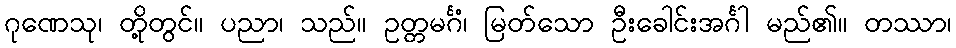
ဂုဏေသု၊ တို့တွင်။ ပညာ၊ သည်။ ဥတ္တမင်္ဂံ၊ မြတ်သော ဦးခေါင်းအင်္ဂါ မည်၏။ တဿာ၊